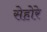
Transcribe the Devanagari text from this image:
सेहोरे